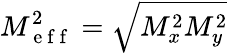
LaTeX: M_{\mathrm{~e~f~f~}}^{2}=\sqrt{M_{x}^{2}M_{y}^{2}}